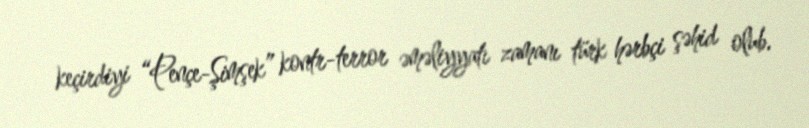
keçirdiyi “Pençe-Şimşek” kontr-terror əməliyyatı zamanı türk hərbçi şəhid olub.